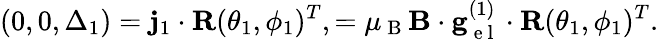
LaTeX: \left(0,0,\Delta_{1}\right)=\mathbf{j}_{1}\cdot\mathbf{R}(\theta_{1},\phi_{1})^{T},=\mu_{\mathrm{~B~}}\mathbf{B}\cdot\mathbf{g}_{\mathrm{~e~l~}}^{(1)}\cdot\mathbf{R}(\theta_{1},\phi_{1})^{T}.